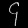
Digit: ၄